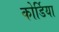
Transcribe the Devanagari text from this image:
कोर्डिया